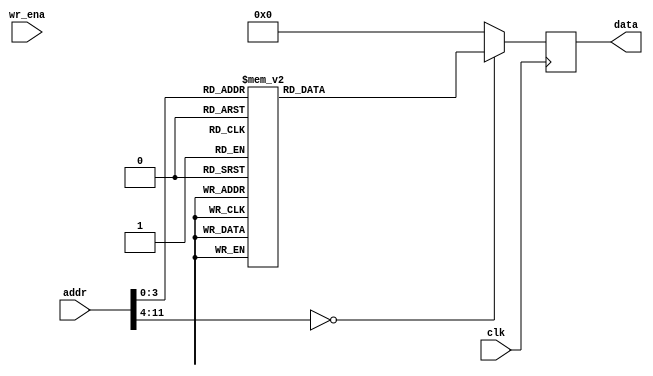
module mem_w_image (clk, addr, wr_ena, data);
parameter DATA_WIDTH =  32;
input clk;
input [11:0] addr;
input wr_ena;
output [DATA_WIDTH-1:0] data;
reg    [DATA_WIDTH-1:0] data;
always@(posedge clk) begin
    case(addr)
        0:  data   <=  32'b0_0000_0000_0000_0000_0000_0000_0000_000;
        1:  data   <=  32'b0_0000_0000_0000_0000_0000_0000_0000_000 ;
        2:  data   <=  32'b1_0111_1110_0110_1010_0000_1001_1110_011 ;
        3:  data   <=  32'b1_0111_1111_0000_0000_0000_0000_0000_000 ;
        4:  data   <=  32'b1_0111_1110_0110_1010_0000_1001_1110_011 ;
        5:  data   <=  32'b1_0100_1010_0001_1010_0110_0010_0110_001 ;
        6:  data   <=  32'b0_0111_1110_0110_1010_0000_1001_1110_011 ;
        7:  data   <=  32'b0_0111_1111_0000_0000_0000_0000_0000_000 ;
        8:  data   <=  32'b0_0111_1110_0110_1010_0000_1001_1110_011;
        default: data <= 0;
    endcase
end
endmodule